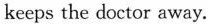
keeps the doctor away.